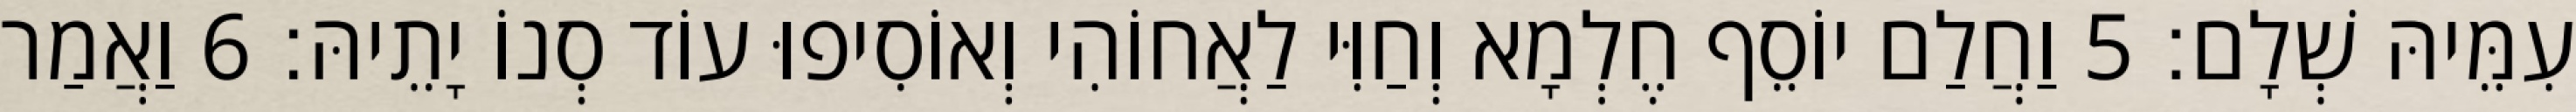
עִמֵּיהּ שְׁלָם׃ 5 וַחֲלַם יוֹסֵף חֶלְמָא וְחַוִּי לַאֲחוֹהִי וְאוֹסִיפוּ עוֹד סְנוֹ יָתֵיהּ׃ 6 וַאֲמַר